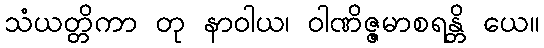
သံယတ္တိကာ တု နာဝါယ၊ ဝါဏိဇ္ဇမာစရန္တိ ယေ။